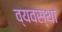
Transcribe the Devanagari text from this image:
व्‍यवस्था